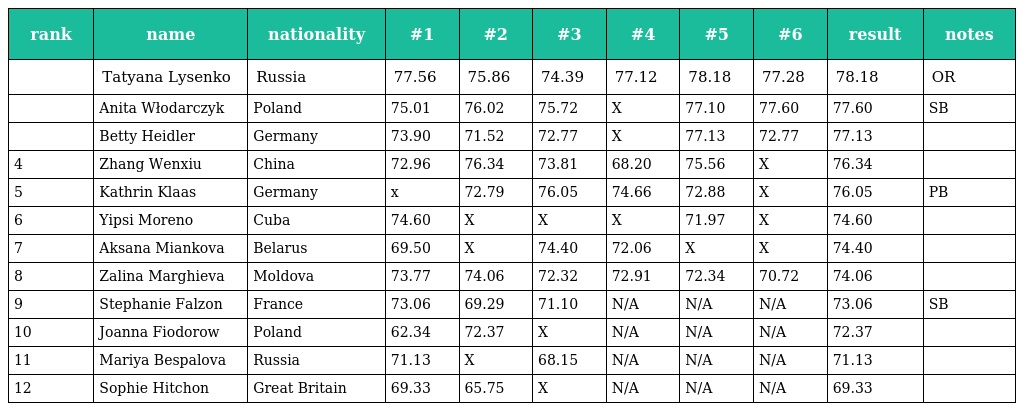
| rank | name | nationality | #1 | #2 | #3 | #4 | #5 | #6 | result | notes |
 | --- | --- | --- | --- | --- | --- | --- | --- | --- | --- | --- |
 |  | Tatyana Lysenko | Russia | 77.56 | 75.86 | 74.39 | 77.12 | 78.18 | 77.28 | 78.18 | OR |
 |  | Anita Włodarczyk | Poland | 75.01 | 76.02 | 75.72 | X | 77.10 | 77.60 | 77.60 | SB |
 |  | Betty Heidler | Germany | 73.90 | 71.52 | 72.77 | X | 77.13 | 72.77 | 77.13 |  |
 | 4 | Zhang Wenxiu | China | 72.96 | 76.34 | 73.81 | 68.20 | 75.56 | X | 76.34 |  |
 | 5 | Kathrin Klaas | Germany | x | 72.79 | 76.05 | 74.66 | 72.88 | X | 76.05 | PB |
 | 6 | Yipsi Moreno | Cuba | 74.60 | X | X | X | 71.97 | X | 74.60 |  |
 | 7 | Aksana Miankova | Belarus | 69.50 | X | 74.40 | 72.06 | X | X | 74.40 |  |
 | 8 | Zalina Marghieva | Moldova | 73.77 | 74.06 | 72.32 | 72.91 | 72.34 | 70.72 | 74.06 |  |
 | 9 | Stephanie Falzon | France | 73.06 | 69.29 | 71.10 | N/A | N/A | N/A | 73.06 | SB |
 | 10 | Joanna Fiodorow | Poland | 62.34 | 72.37 | X | N/A | N/A | N/A | 72.37 |  |
 | 11 | Mariya Bespalova | Russia | 71.13 | X | 68.15 | N/A | N/A | N/A | 71.13 |  |
 | 12 | Sophie Hitchon | Great Britain | 69.33 | 65.75 | X | N/A | N/A | N/A | 69.33 |  |